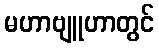
မဟာဗျူဟာတွင်